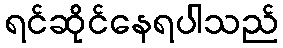
ရင်ဆိုင်နေရပါသည်